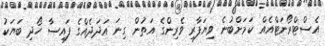
އެސްޓްރޯނަޓްއެއް ކަމަށްބުނެ ވިޔަފާރި ވެރިންގެ އަތުން ގިނަ އަދަދެއްގެ ފައިސާ ހޯދި ބަޔަކު